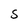
Character: S